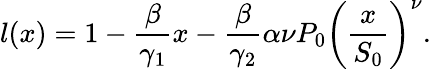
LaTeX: l(x)=1-\frac{\beta}{\gamma_{1}}x-\frac{\beta}{\gamma_{2}}\alpha\nu P_{0}\left(\frac{x}{S_{0}}\right)^{\nu}.